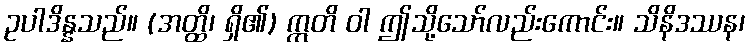
ဥပါဒိန္နသည်။ (အတ္ထိ၊ ရှိ၏) ဣတိ ဝါ ဤသို့သော်လည်းကောင်း။ သိနိဒဿန၊